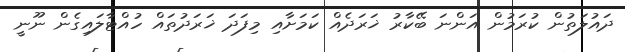
ދައުލަތުން ކުރަމުން އަންނަ ބޭކާރު ޚަރަދެއް ކަމަށާއި މިފަދަ ޚަރަދުތައް ހުއްޓާލައިގެން ނޫނީ